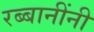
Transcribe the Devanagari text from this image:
रब्बानींनी